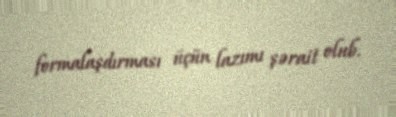
formalaşdırması üçün lazımı şərait olub.